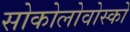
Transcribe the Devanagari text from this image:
सोकोलोवोस्को